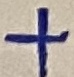
Text: +